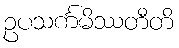
ဥပသင်္ကမိဿတီတိ